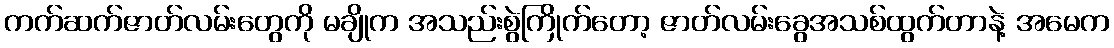
ကက်ဆက်ဇာတ်လမ်းတွေကို မချိုက အသည်းစွဲကြိုက်တော့ ဇာတ်လမ်းခွေအသစ်ထွက်တာနဲ့ အမေက